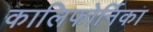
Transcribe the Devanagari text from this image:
कालिफोर्निका